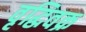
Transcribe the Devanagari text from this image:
वृद्धिवक्र